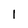
Character: 1